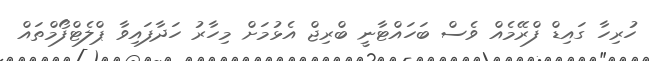
ހުރިހާ ގައިޑް ފްރޭމެއް ވެސް ބަހައްޓާނީ ބްރިޖް އެޅުމަށް މިހާރު ހަދާފައިވާ ޕްލެޓްފޯމްތައް